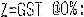
Z=GST @0%: